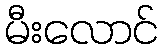
မီးလောင်